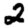
Digit: 2